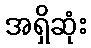
အရှိဆုံး